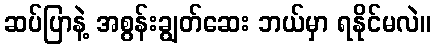
ဆပ်ပြာနဲ့ အစွန်းချွတ်ဆေး ဘယ်မှာ ရနိုင်မလဲ။